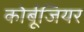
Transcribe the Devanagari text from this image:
कोर्बूजियर